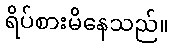
ရိပ်စားမိနေသည်။